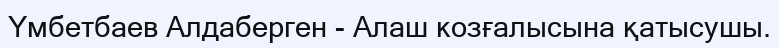
Үмбетбаев Алдаберген - Алаш козғалысына қатысушы.